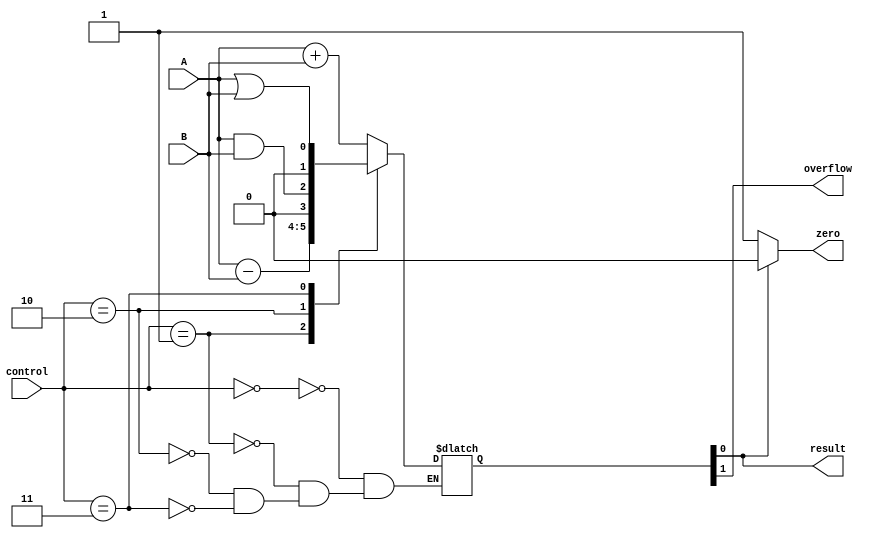
module ALU(input wire A, 
           input wire B, 
           input wire [2:0] control,
           output wire result,
           output wire overflow,
           output wire zero);

reg [1:0] temp_result;

always @ (A, B, control) begin
    case (control)
        3'b000: temp_result = A + B; // addition
        3'b001: temp_result = A - B; // subtraction
        3'b010: temp_result = A & B; // bitwise AND
        3'b011: temp_result = A | B; // bitwise OR
        // add more operations as needed
    endcase
end

assign result = temp_result[0];
assign overflow = temp_result[1];
assign zero = (result == 1'b0) ? 1'b1 : 1'b0;

endmodule